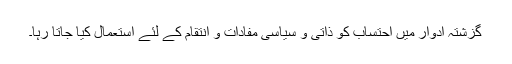
گزشتہ ادوار میں احتساب کو ذاتی و سیاسی مفادات و انتقام کے لئے استعمال کیا جاتا رہا۔